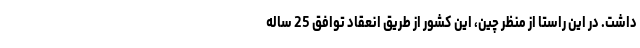
داشت. در این راستا از منظر چین، این کشور از طریق انعقاد توافق 25 ساله